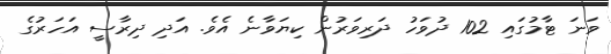
ވަނަ ޓާމުގައި 102 ދުވަހު ދަރިވަރުން ކިޔަވާނެ އެވެ. އަދި ދިރާސީ އަހަރުގެ